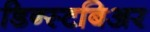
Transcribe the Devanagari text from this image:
डिन्स्टबिअर